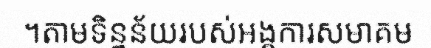
។តាមទិន្នន័យរបស់អង្គការសមាគម